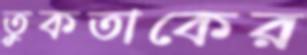
তুকতাকের